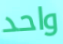
واحد